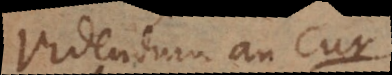
Videndum an cur